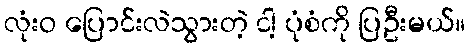
လုံးဝ ပြောင်းလဲသွားတဲ့ ငါ့ ပုံစံကို ပြဦးမယ်။